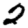
Digit: 2